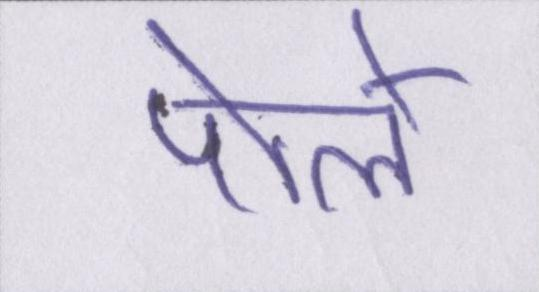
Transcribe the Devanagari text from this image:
पोले